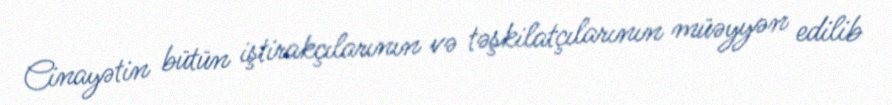
Cinayətin bütün iştirakçılarının və təşkilatçılarının müəyyən edilib